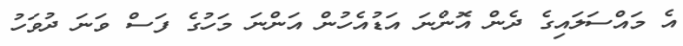
އެ މައްސަލައިގެ ދެން އޮންނަ އަޑުއެހުން އަންނަ މަހުގެ ފަސް ވަނަ ދުވަހު